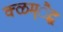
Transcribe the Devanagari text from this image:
क्ळम्ैद्ध